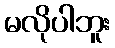
မလိုပါဘူး